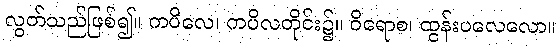
လွတ်သည်ဖြစ်၍။ ကပိလေ၊ ကပိလတိုင်း၌။ ဝိရောစ၊ ထွန်းပလေလော။